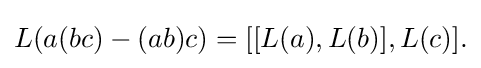
\displaystyle {L(a(bc)-(ab)c)=[[L(a),L(b)],L(c)].}